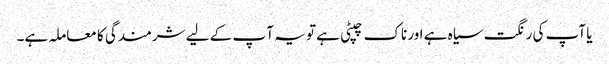
یا آپ کی رنگت سیاہ ہے اور ناک چپٹی ہے تو یہ آ پ کے لیے شرمندگی کا معاملہ ہے۔